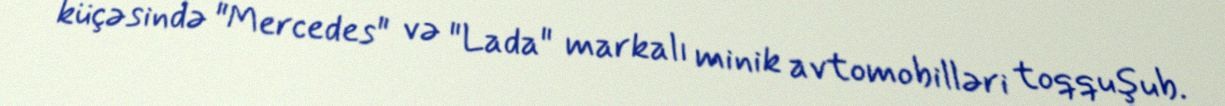
küçəsində "Mercedes" və "Lada" markalı minik avtomobilləri toqquşub.